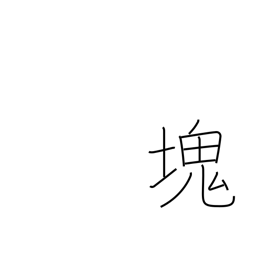
Meaning: clot